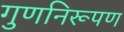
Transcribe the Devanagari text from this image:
गुणनिरूपण